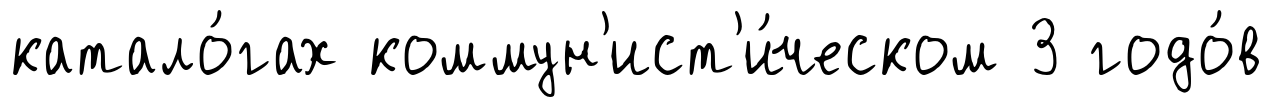
катало́гах коммун'ист'и́ческом 3 годо́в